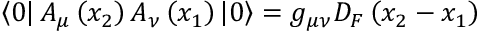
\left< 0 \right| A _ { \mu } \left( x _ { 2 } \right) A _ { \nu } \left( x _ { 1 } \right) \left| 0 \right> = g _ { \mu \nu } D _ { F } \left( x _ { 2 } - x _ { 1 } \right)